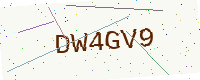
Text: DW4GV9